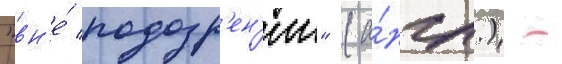
"вн'е́ подозр'ен'ии" (а́нгл.) -